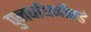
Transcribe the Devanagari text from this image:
पुनर्बांधणीकडे